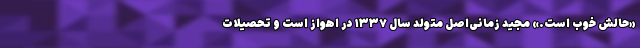
«حالش خوب است.» مجید زمانی‌اصل متولد سال ۱۳۳۷ در اهواز است و تحصیلات